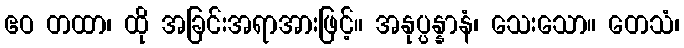
ဧဝ တထာ၊ ထို အခြင်းအရာအားဖြင့်။ အနုပ္ပန္နာနံ၊ သေးသော။ တေသံ၊